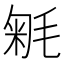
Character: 𣮕